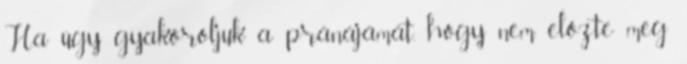
Ha úgy gyakoroljuk a pránájámát, hogy nem előzte meg